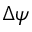
\Delta \psi